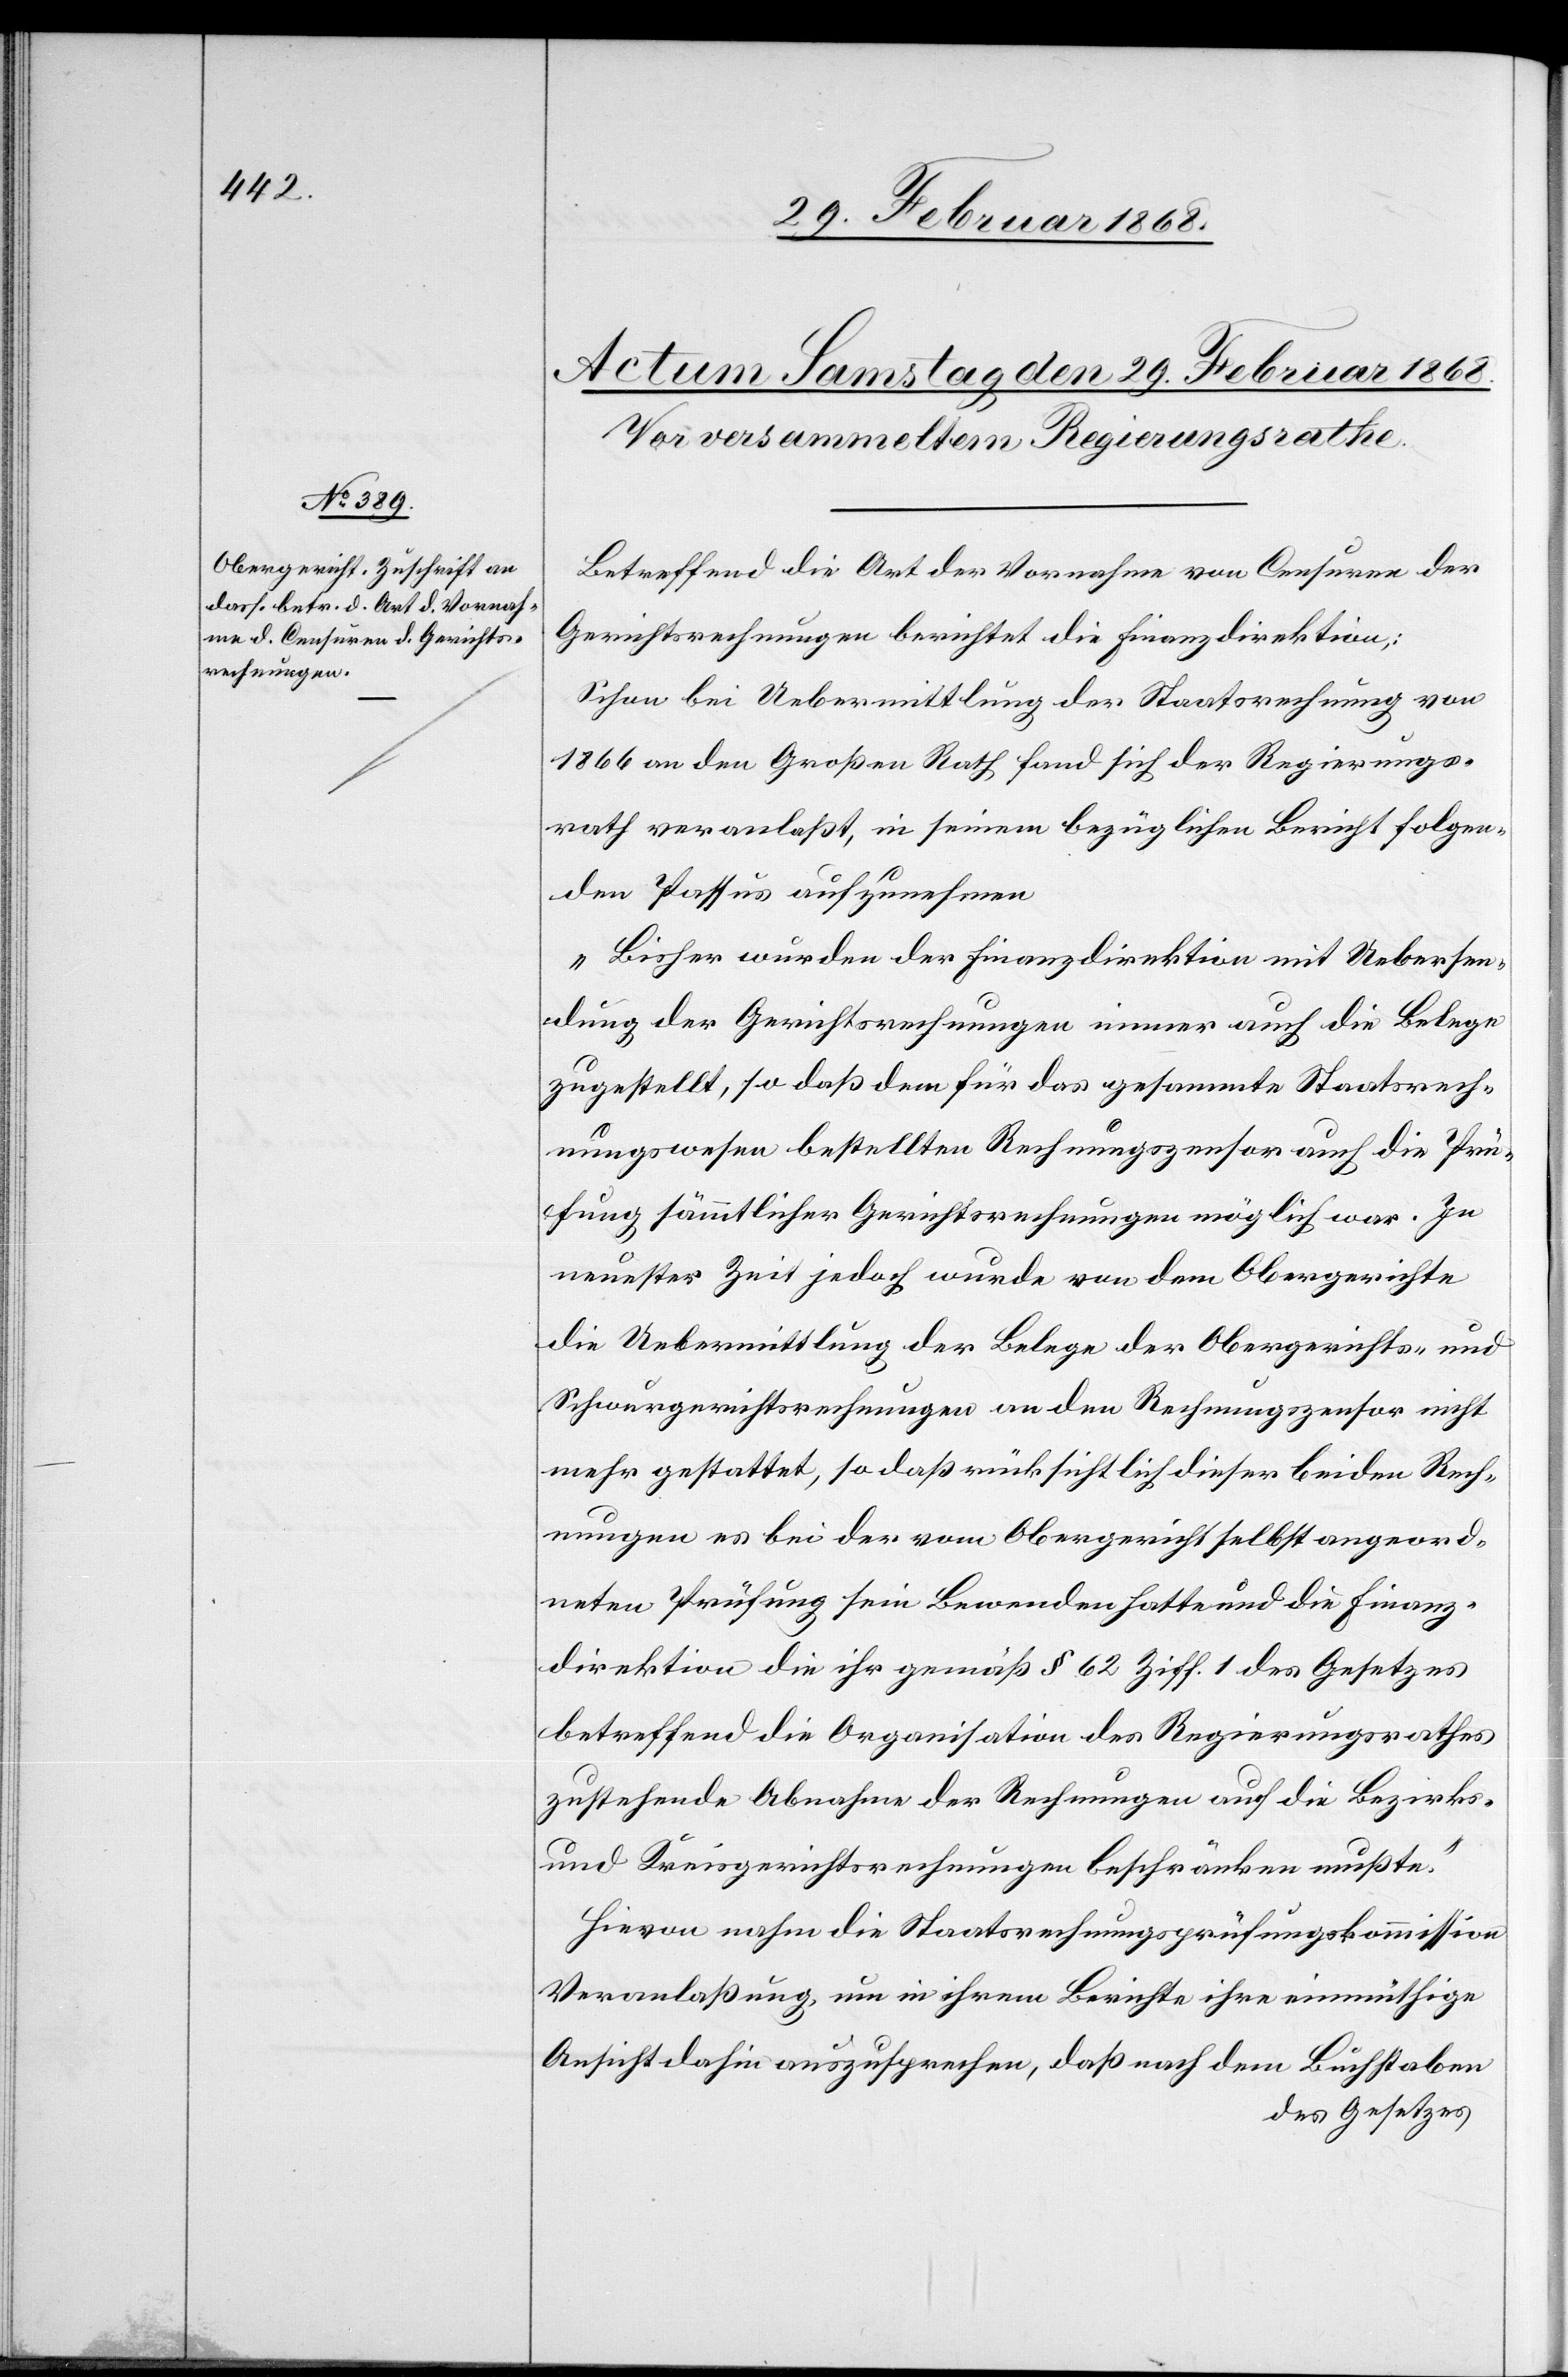
Betreffend die Art der Vornahme von Censuren der
Gerichtsrechnungen berichtet die Finanzdirektion:
Schon bei Uebermittlung der Staatsrechnung von
1866 an den Großen Rath fand sich der Regierungs¬
rath veranlaßt, in seinem bezüglichen Bericht folgen¬
den Passus aufzunehmen
„Bisher wurden der Finanzdirektion mit Uebersen¬
dung der Gerichtsrechnungen immer auch die Belege
zugestellt, so daß dem für das gesammte Staatsrech¬
nungswesen bestellten Rechnungszensor auch die Prü¬
fung sämmtlicher Gerichtsrechnungen möglich war. In
neuester Zeit jedoch wurde von dem Obergerichte
die Uebermittlung der Belege der Obergerichts- und
Schwurgerichtsrechnungen an den Rechnungszensor nicht
mehr gestattet, so daß rücksichtlich dieser beiden Rech¬
nungen es bei der vom Obergericht selbst angeord¬
neten Prüfung sein Bewenden hatte und die Finanz¬
direktion die ihr gemäß § 62 Ziff. 1 des Gesetzes
betreffend die Organisation des Regierungsrathes
zustehende Abnahme der Rechnungen auf die Bezirks-
und Kreisgerichtsrechnungen beschränken mußte.“
Hievon nahm die Staatsrechnungsprüfungskommission
Veranlaßung, um in ihrem Berichte ihre einmüthige
Ansicht dahin auszusprechen, daß nach dem Buchstaben
des Gesetzes